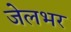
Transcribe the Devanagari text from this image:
जेलभर